Document type: Dowry acquittance
Year: 1427
Scribe: Pere Tarafa
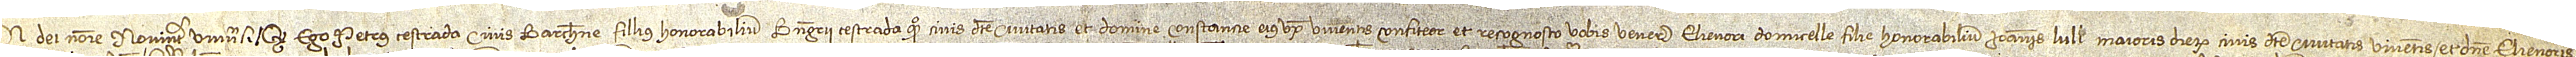
n Dei nomine. Noverint universi quod ego Petrus Cestrada, civis Barchinone, fillius honorabilium Berengarii Cestrada, quondam, civis dicte civitatis, et domine Constancie, eius uxoris, viventis, confiteor et recognosco vobis venerabili Elienori, domicelle, filie honorabilium Ioannis Lull, maioris dierum, civis dicte civitatis, viventis, et domine Elienoris,